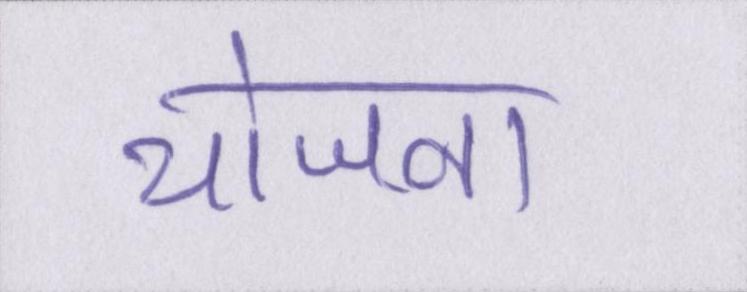
योजना